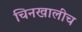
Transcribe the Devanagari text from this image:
चिनखालीच